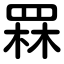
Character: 罧